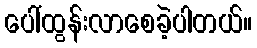
ပေါ်ထွန်းလာစေခဲ့ပါတယ်။